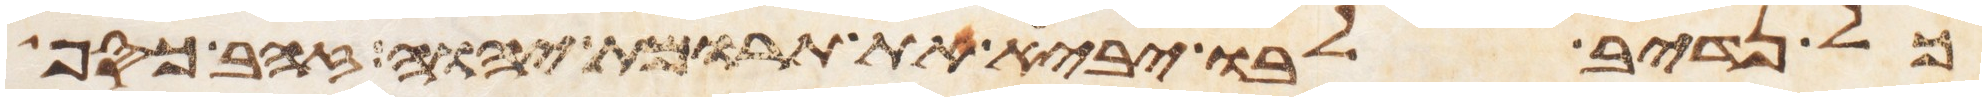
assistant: כל נדיב לבו יביא את תרומת יהוה זהב כסף